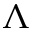
\Lambda